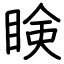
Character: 𥇥